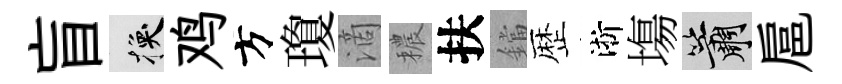
盲换鸡方瓊滴穠扶鐺歴淅塲簫扈